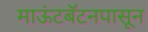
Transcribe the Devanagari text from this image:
माऊंटबॅटनपासून